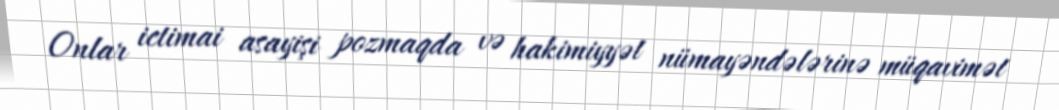
Onlar ictimai asayişi pozmaqda və hakimiyyət nümayəndələrinə müqavimət